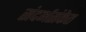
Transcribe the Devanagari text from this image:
संदर्भसंकेत